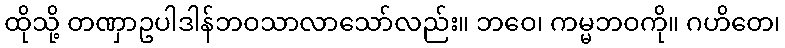
ထိုသို့ တဏှာဥပါဒါန်ဘဝသာလာသော်လည်း။ ဘဝေ၊ ကမ္မဘဝကို။ ဂဟိတေ၊